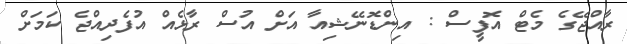
ރާއްޖޭގެ މެޓް އޮފީސް : އިންޑޮނޭޝިއާ އަށް އުސް ރާޅެއް އުފެދިއްޖެ ކަމަށް